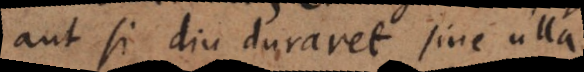
aut si diu duraret sine ulla